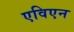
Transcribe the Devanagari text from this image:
एविएन